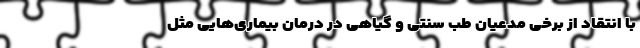
با انتقاد از برخی مدعیان طب سنتی و گیاهی در درمان بیماری‌هایی مثل